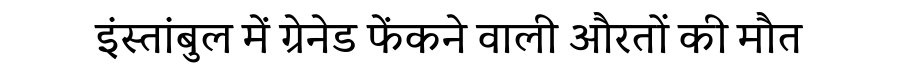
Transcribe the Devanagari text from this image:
इंस्तांबुल में ग्रेनेड फेंकने वाली औरतों की मौत